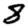
Digit: 8